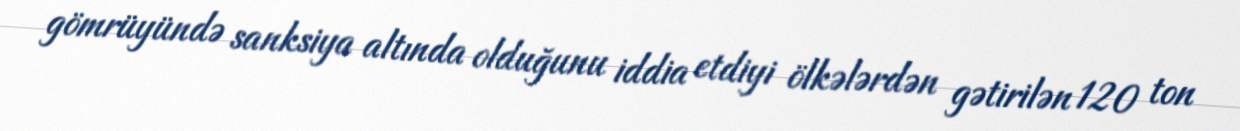
gömrüyündə sanksiya altında olduğunu iddia etdiyi ölkələrdən gətirilən 120 ton